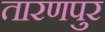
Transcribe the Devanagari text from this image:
तारणपुर